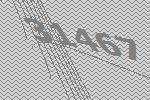
31467